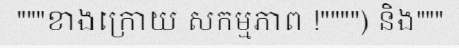
"""ខាងក្រោយ សកម្មភាព !"""") និង"""